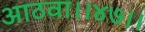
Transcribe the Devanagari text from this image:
आठवा।।४७।।